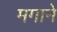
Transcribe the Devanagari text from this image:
मगाने